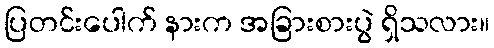
ပြတင်းပေါက် နားက အခြားစားပွဲ ရှိသလား။